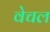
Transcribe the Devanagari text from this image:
वेचल